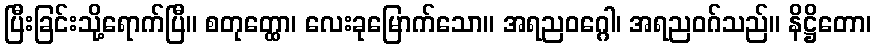
ပြီးခြင်းသို့ရောက်ပြီ။ စတုတ္ထော၊ လေးခုမြောက်သော။ အရညဝဂ္ဂေါ၊ အရညဝဂ်သည်။ နိဋ္ဌိတော၊